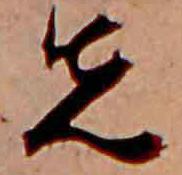
先